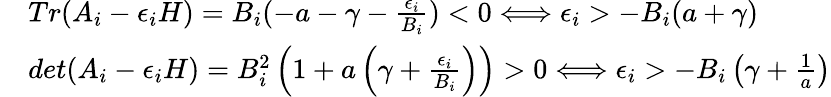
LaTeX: \begin{array}{rl}&{Tr(A_{i}-\epsilon_{i}H)=B_{i}(-a-\gamma-\frac{\epsilon_{i}}{B_{i}})<0\Longleftrightarrow\epsilon_{i}>-B_{i}(a+\gamma)}\\ &{det(A_{i}-\epsilon_{i}H)=B_{i}^{2}\left(1+a\left(\gamma+\frac{\epsilon_{i}}{B_{i}}\right)\right)>0\Longleftrightarrow\epsilon_{i}>-B_{i}\left(\gamma+\frac{1}{a}\right)}\end{array}